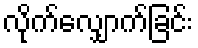
လိုက်လျှောက်ခြင်း